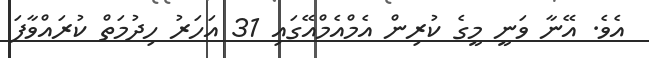
އެވެ. އޭނާ ވަނީ މީގެ ކުރިން އެމްއެމްއޭގައި 31 އަހަރު ހިދުމަތް ކުރައްވާފަ